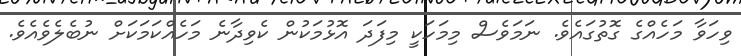
ވިހަވާ މަހެއްގެ ގޮތުގައެވެ. ނަމަވެސް މިމަހަކީ މިފަދަ އޮޅުމަކުން ކެވިދާނެ މަހެއްކަމަކަށް ނުބެލެވެއެވެ.